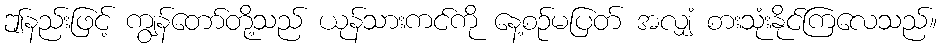
ဤနည်းဖြင့် ကျွန်တော်တို့သည် ယုန်သားကင်ကို နေ့စဉ်မပြတ် အလျှံ စားသုံးနိုင်ကြလေသည်။